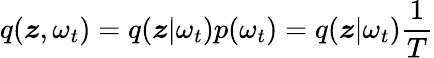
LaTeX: q(\boldsymbol{z},\omega_{t})=q(\boldsymbol{z}|\omega_{t})p(\omega_{t})=q(\boldsymbol{z}|\omega_{t})\frac{1}{T}